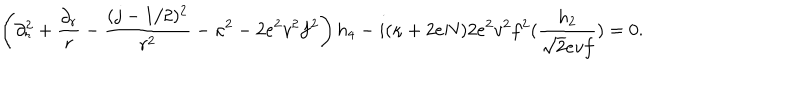
LaTeX: \left( \partial _ { r } ^ { 2 } + { \frac { \partial _ { r } } { r } } - { \frac { ( j - 1 / 2 ) ^ { 2 } } { r ^ { 2 } } } - \kappa ^ { 2 } - 2 e ^ { 2 } v ^ { 2 } f ^ { 2 } \right) h _ { 4 } - i ( \kappa + 2 e N ) 2 e ^ { 2 } v ^ { 2 } f ^ { 2 } ( { \frac { h _ { 2 } } { \sqrt { 2 } e v f } } ) = 0 .